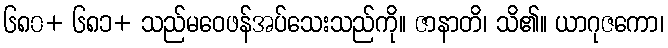
၆၈၀+ ၆၈၁+ သည်မဝေဖန်အပ်သေးသည်ကို။ ဇာနာတိ၊ သိ၏။ ယာဂုဇကော၊